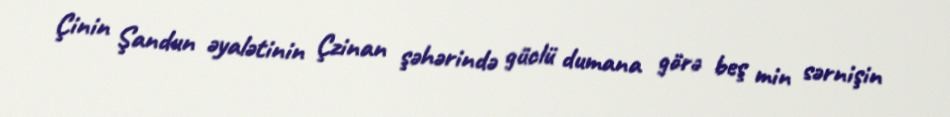
Çinin Şandun əyalətinin Çzinan şəhərində güclü dumana görə beş min sərnişin